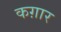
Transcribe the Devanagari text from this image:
कग़ार